Vana-Antsla_vallavalitsus, lk 22
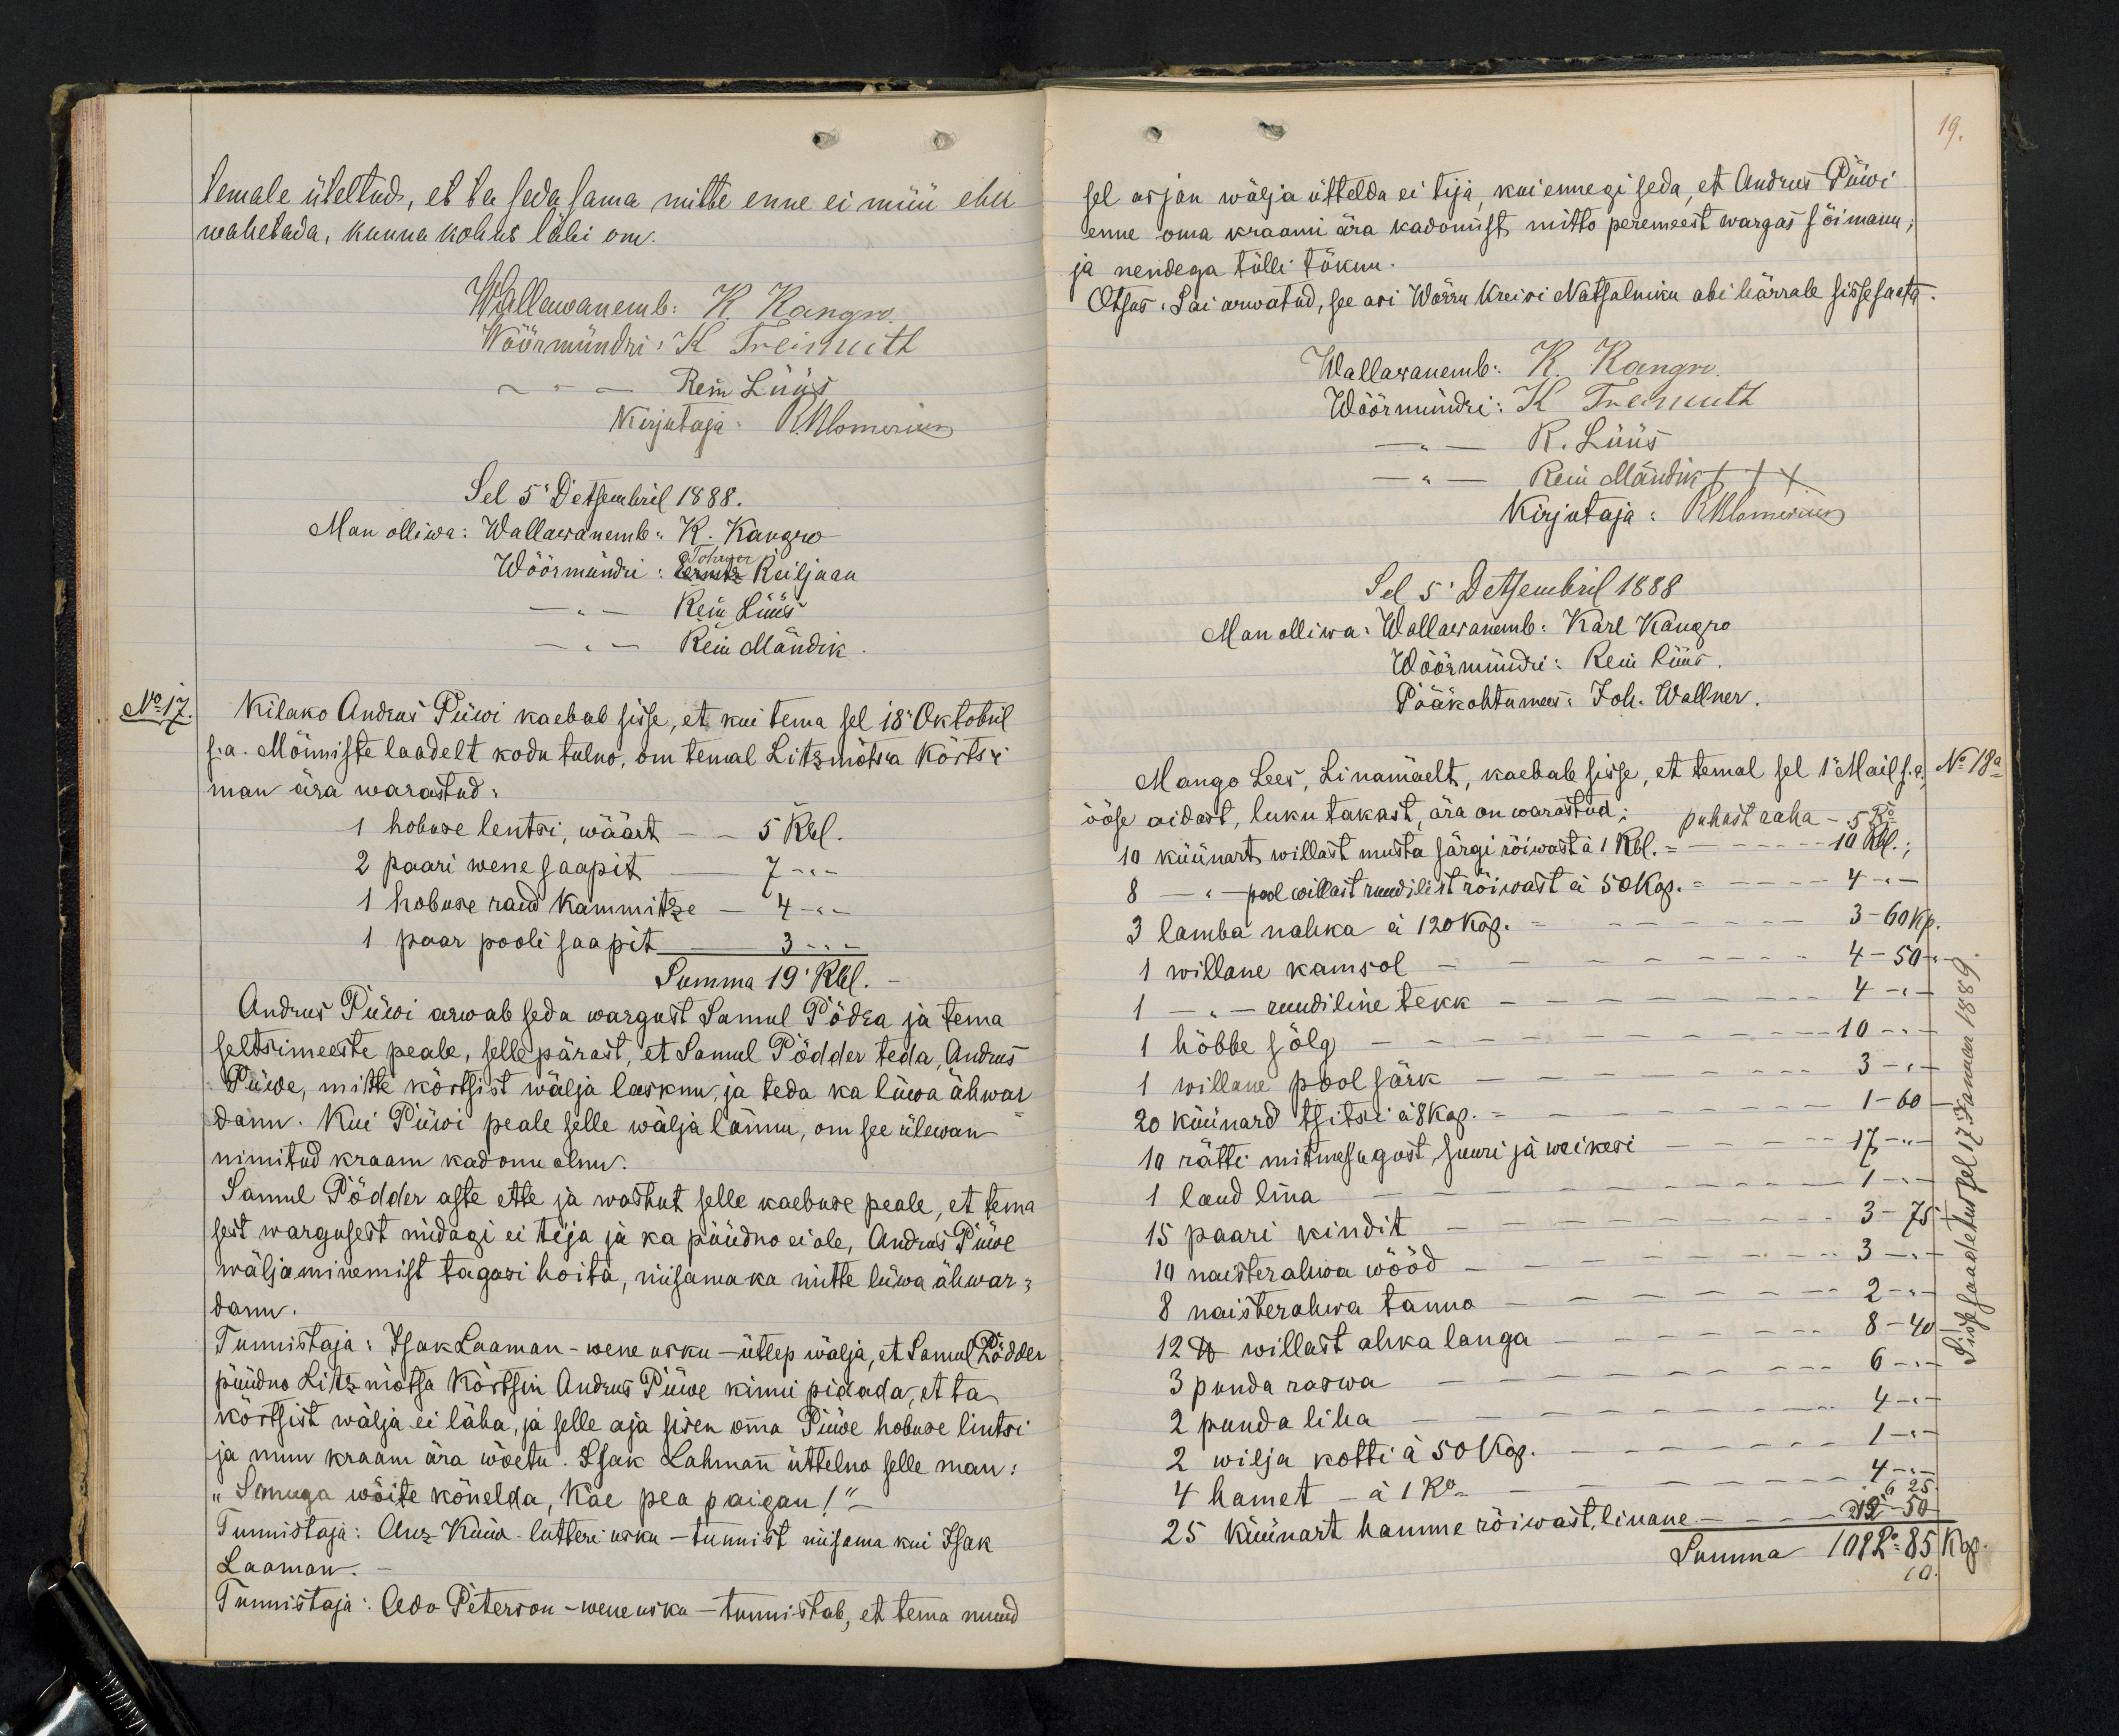
temale üleltud, et ta seda sama mitte enne ei müü ehk
wahetada, kunna kohus läbi om.
Wallawanemb: K. Kangro.
Wöörmündri K Treimuth.
-"- Rein Lüüs
kirjutaja: R.Blomerius
Sel 5 Detsembril 1888.
Man olliwa: Wallawanemb: K. Kangro
Wöörmündri: Ernitz Tohwer Reiljaan
Rein Lüüs
Rein Mändik
No 17.
Kilako Andrus Püwi kaebab sisse, et kui tema sel 18 Oktobril
s.a. Mõnniste laadelt kodu tulno, om temal Litzmõtsa kõrtsi
man ära warastud:
1 hobuse lentsi, wäärt - - 5 Rbl.
2 paari wene saapit - 7
1 hobuse raud kammitze - 4 -
1 paar pooli saapit
3 --
Summa 19 Rbl.
Andrus Püwi arwab seda wargust Samul Põdra ja tema
seltsimeeste peale, sellepärast, et Samul Põdder teda, Andrus
Püwe, mitte kõrtsist wälja lasknu, ja teda ka lüwa ähwae
danu. Kui Püwi peale selle wälja lännu, om see ülewan
nimitud kraam kadonu olnu.
Samul Põdder aste ette ja wastut selle kaebuse peale, et tema
sest wargusest midagi ei tija ja ka püüdno ei ole, Andres Püwe
wäljaminemist tagasi hoita, niisama ka mitte lüwa ähwar-
danu.
Tunnistaja: Isak Laaman - wene usku - ütlep wälja, et Samul Põdder
püüdno Litzmõtsa kõrtsin Andrus Püwe kinni pidada, et ta
kõrtsist wälja ei läha, ja selle aja sisen omma Püwe hobose lintsi
ja muu kraam ära wõetu. Isak Lahmann üttelno selle man:
"Semuga wõite kõnelda, kae pea paigan!"
Tunnistaja: Anz Kuiw - lutheri usku - tunnist niisama kui Isak
Laaman.
Tunnistaja: Ado Peterson - wene usku - tunnistab, et tema muud

19.
sel asjan wälja üttelda ei tija, kui ennegi seda, et Andrus Püwi
enne oma kraami ära kadomist mitto peremeest wargas sõimanu;
ja nendega tülli tüknu.
Otsus: Sai arwatud, see asi Wõrru Kreisi Natsalniku abi härrale sisse saata
Wallawanemb: K. Kangro.
Wöörmündri: K. Treimuth
- " - K. Lüüs
" - Rein Mändik XXX
Kirjutaja: Rblomerius
Sel 5 Detsembril 1888
Man olliwa: Wallawanemb: Karl Kangro
Wöörmündri: Rein Rüüs
Pääkohtumees: Joh. Wallner.
Mango Lees, Linamäelt, kaebab sisse, et temal sel 1 Mail s.a.
No 18a
ööse aidast, luku takast, ära on warastud:
puhast raha - 5 Ro
10 küünart, willast musta särgi rõiwast à 1 Rbl. - - - 10 Rbl.;
8 - " - pool willast ruudilist rõiwast à 50 kop. - - 4 - "
3 lamba nahka à 120 kop. - - - 3 - 60 kp.
1 willane kamsol - - - -- - 4-  50
1 - " - ruudiline tekk - - - " - 4 "
1 hõbbe sõlg - - - - 10 --
1, willane pool järk - - -  3 -"-
20 küünard tsitsi à 8 kop. - - - 1-60
10 rätti mitmesugust, suuri ja weikesi - - - 17 - "
1 laud lina - - - -- 1 --
15 paari kindit - - - 3 - 75
19 naisterahwa wööd - - - -- 3 -"-
8 naisterahwa tanno - - – - - 2 -"-.
12 lb willast ahka langa - - - - 8 - 40
3 puuda raswa - - - -- 6 --
2 puuda liha - - -  4 -
2 wilja kohti à 50 kop. - - - 1-
4 hamet - à 1 Ro. - - - - 4
6 25
25 küünart hamme rõiwast, linane - - - 12 - 50
Summa 108 Ro 85 kop.
10.